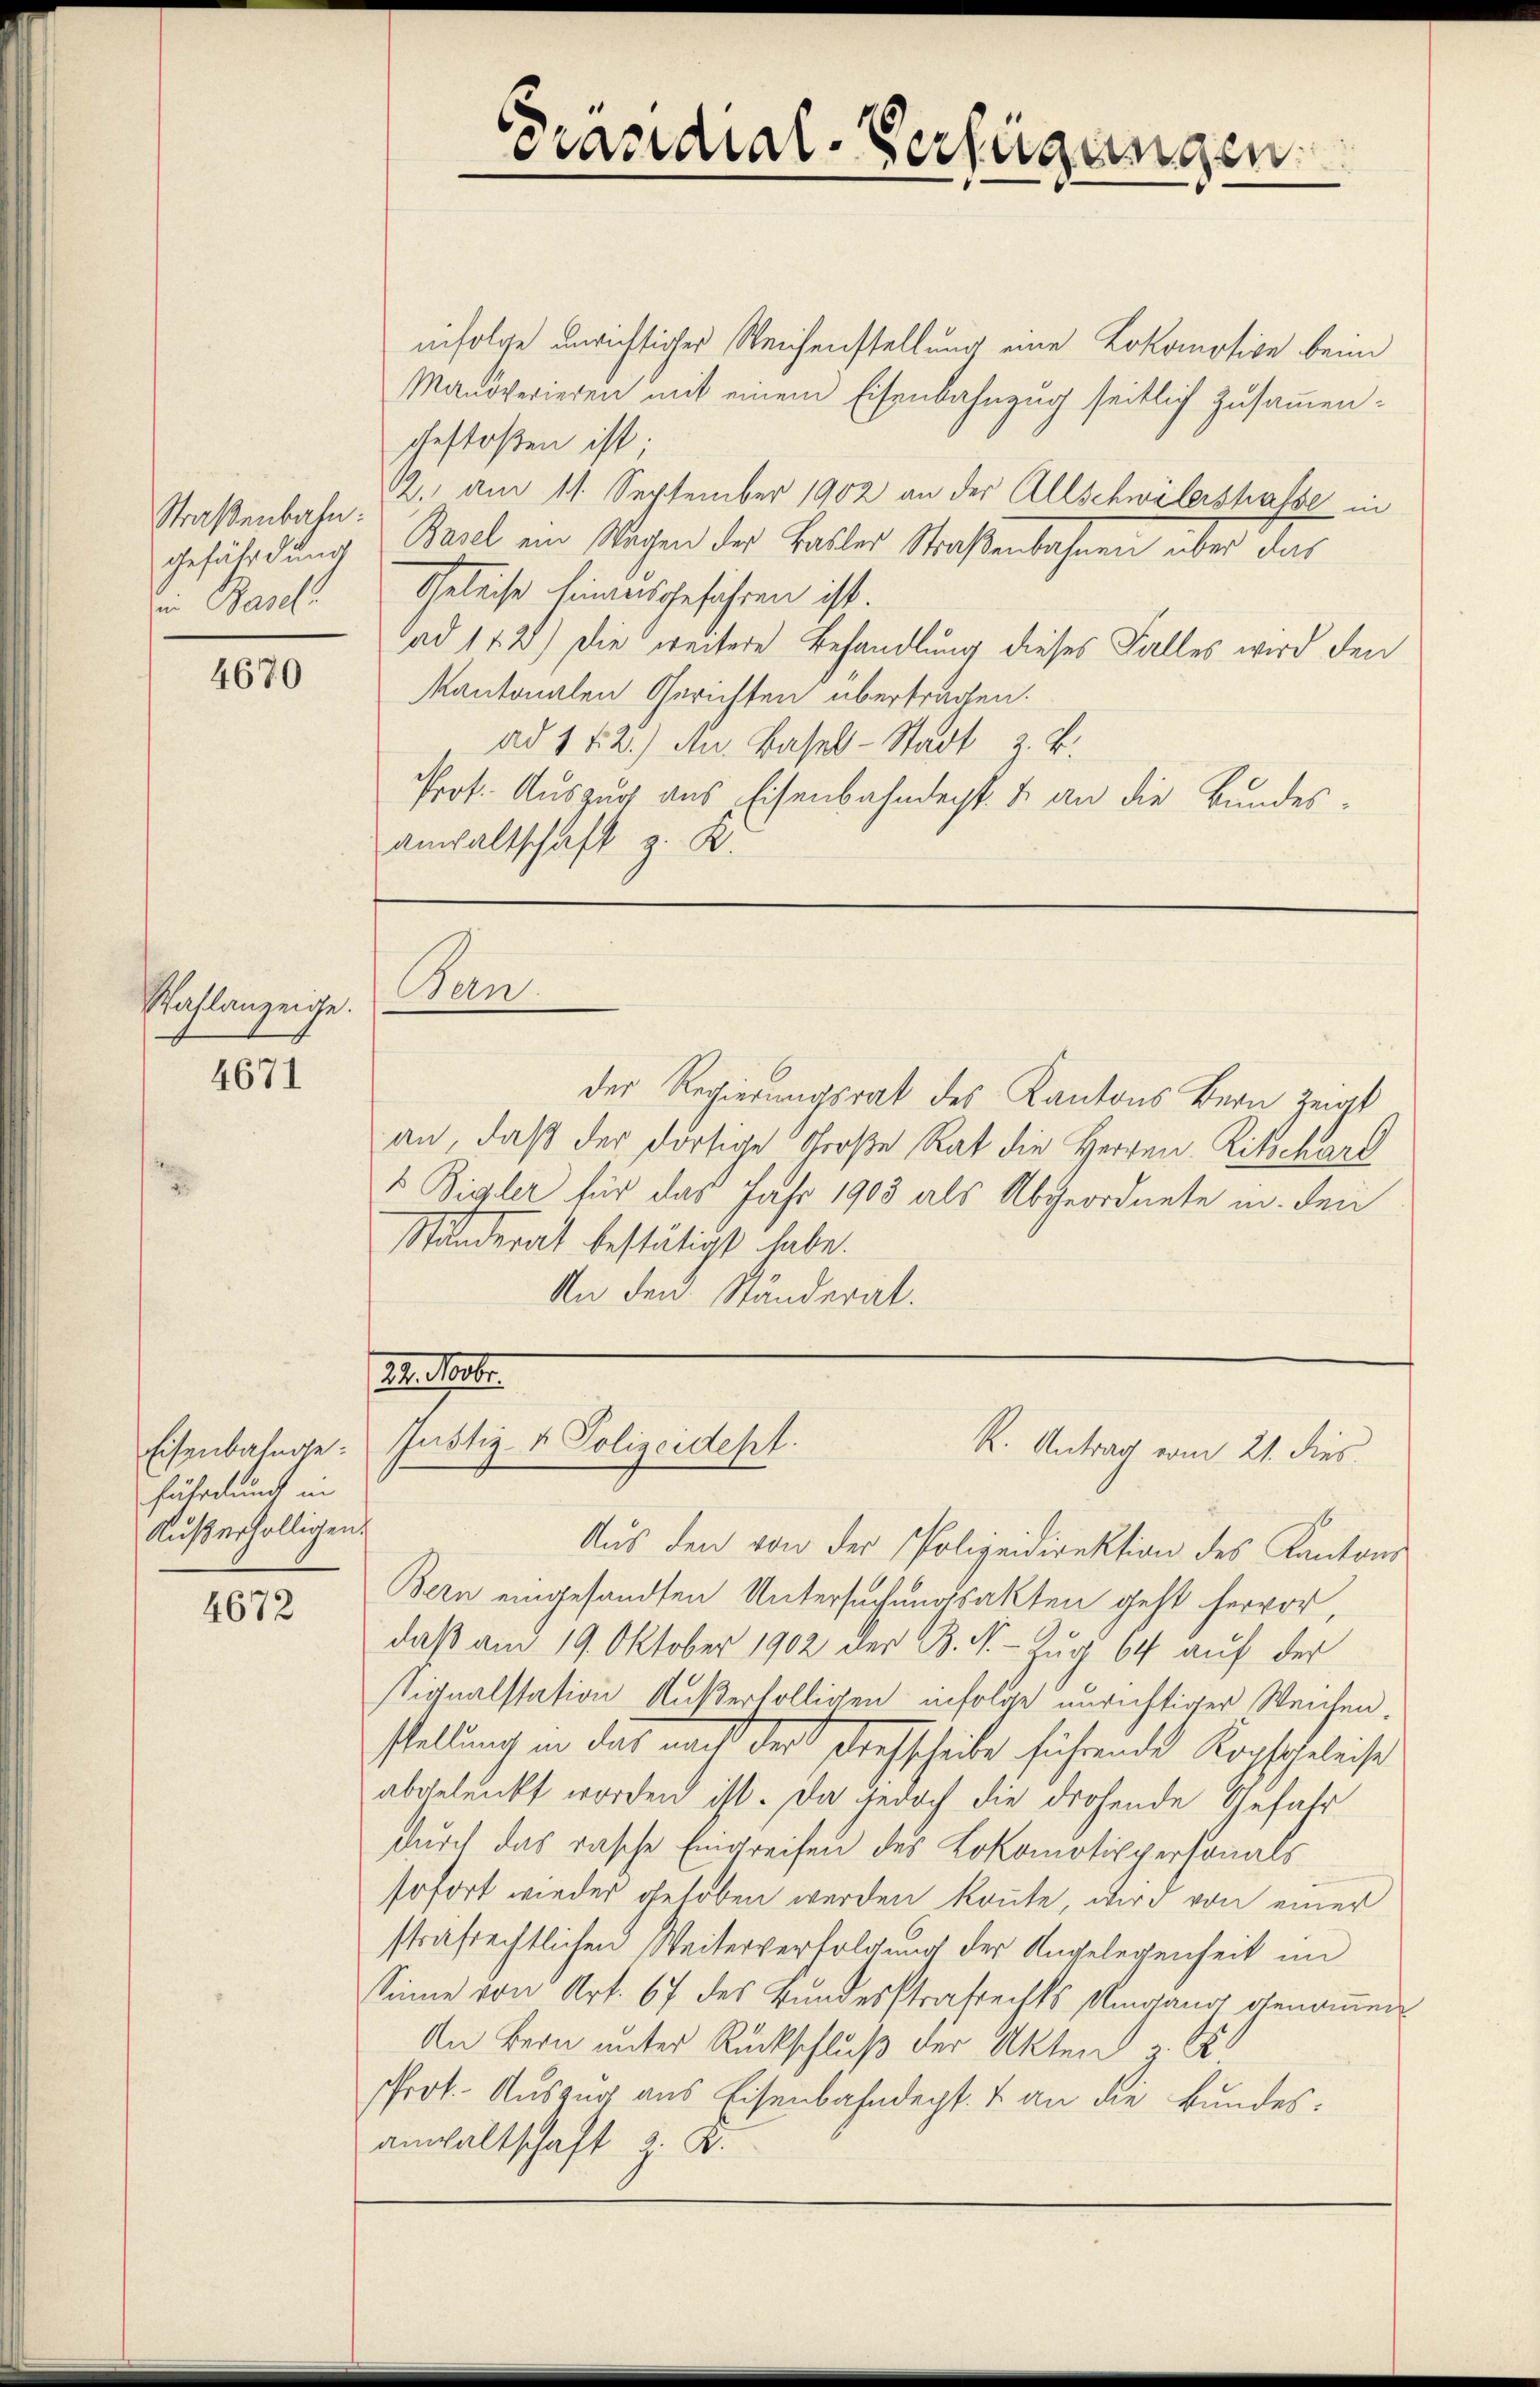
Straßenbahn:
Gefährdung
in Basel

4670

Wahlanzeige.

4671

fährdung in
Außerhölligen

4672

infolge unrichtiger Reichenstellung eine Lokomotion beim
Manöverieren mit einem Eisenbahnzug seitlich zusammengestoßen ist
12. am 11. September 1902 an der Allschwilershalbe in
Basel ein Wägen der Faller Straßenbahnen über das
Geleise hinausgeführen ist.
ad 112) Die weitere Behandlung dieses Falles wird den
kantonalen Gerichten übertragen.
ad 1 f 2.) An Basel-Stadt z. B.
Prof. Auszug aus Eisenbahndert. 4 an die Bundes¬
Anwaltschaft z. K.

Bans.

Präsidial-Verfügungen.

Reiheit
Eisenbahnge: Justiz- & Polizeidepl.
R. Antrag vom 21. dies

der Regierungsrat des Kantons Bern Zeigt
an, daß der dortige Große Rat die Herren Ritschard
 Bigler für das Jahr 1903 als Abgeordnete in den
Standerat bestätigt habe.
An den Ständerat.

Aŭs den von der Polizeidirektion des Kantons
Bern eingesandten Untersuchungsakten geht hervor,
daß am 19. Oktober 1902 der B. N. - Zug 64 auf der
stiqualstation Außerhölligen infolge unrichtiger Weichen.
stellung in das nach der Drehscheibe führende Kopfscheleise
abgelenkt worden ist. Da jedoch die drohende Gefahr
durch das rasche Eingreifen des Lokomotippersonals
sofort wieder gehoben werden könnte, wird von einer
strafrechtlichen Weiterverfolgung der Angelegenheit im
Sinne von Art. 67 des Bundesstrafrechts Umgang genoṁen
An Bern unter Rückschluß der Akten z. B
Prot. Auszug aus Eisenbahndept. & an die Bundesanwaltschaft z. B.